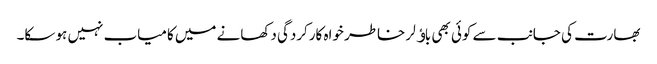
بھارت کی جانب سے کوئی بھی باﺅلر خاطر خواہ کارکردگی دکھانے میں کامیاب نہیں ہو سکا۔